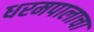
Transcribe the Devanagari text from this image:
धरमपालाचा